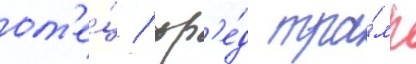
от'е́ц / фр'е́д тра́мп